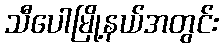
သီပေါမြို့နယ်အတွင်း